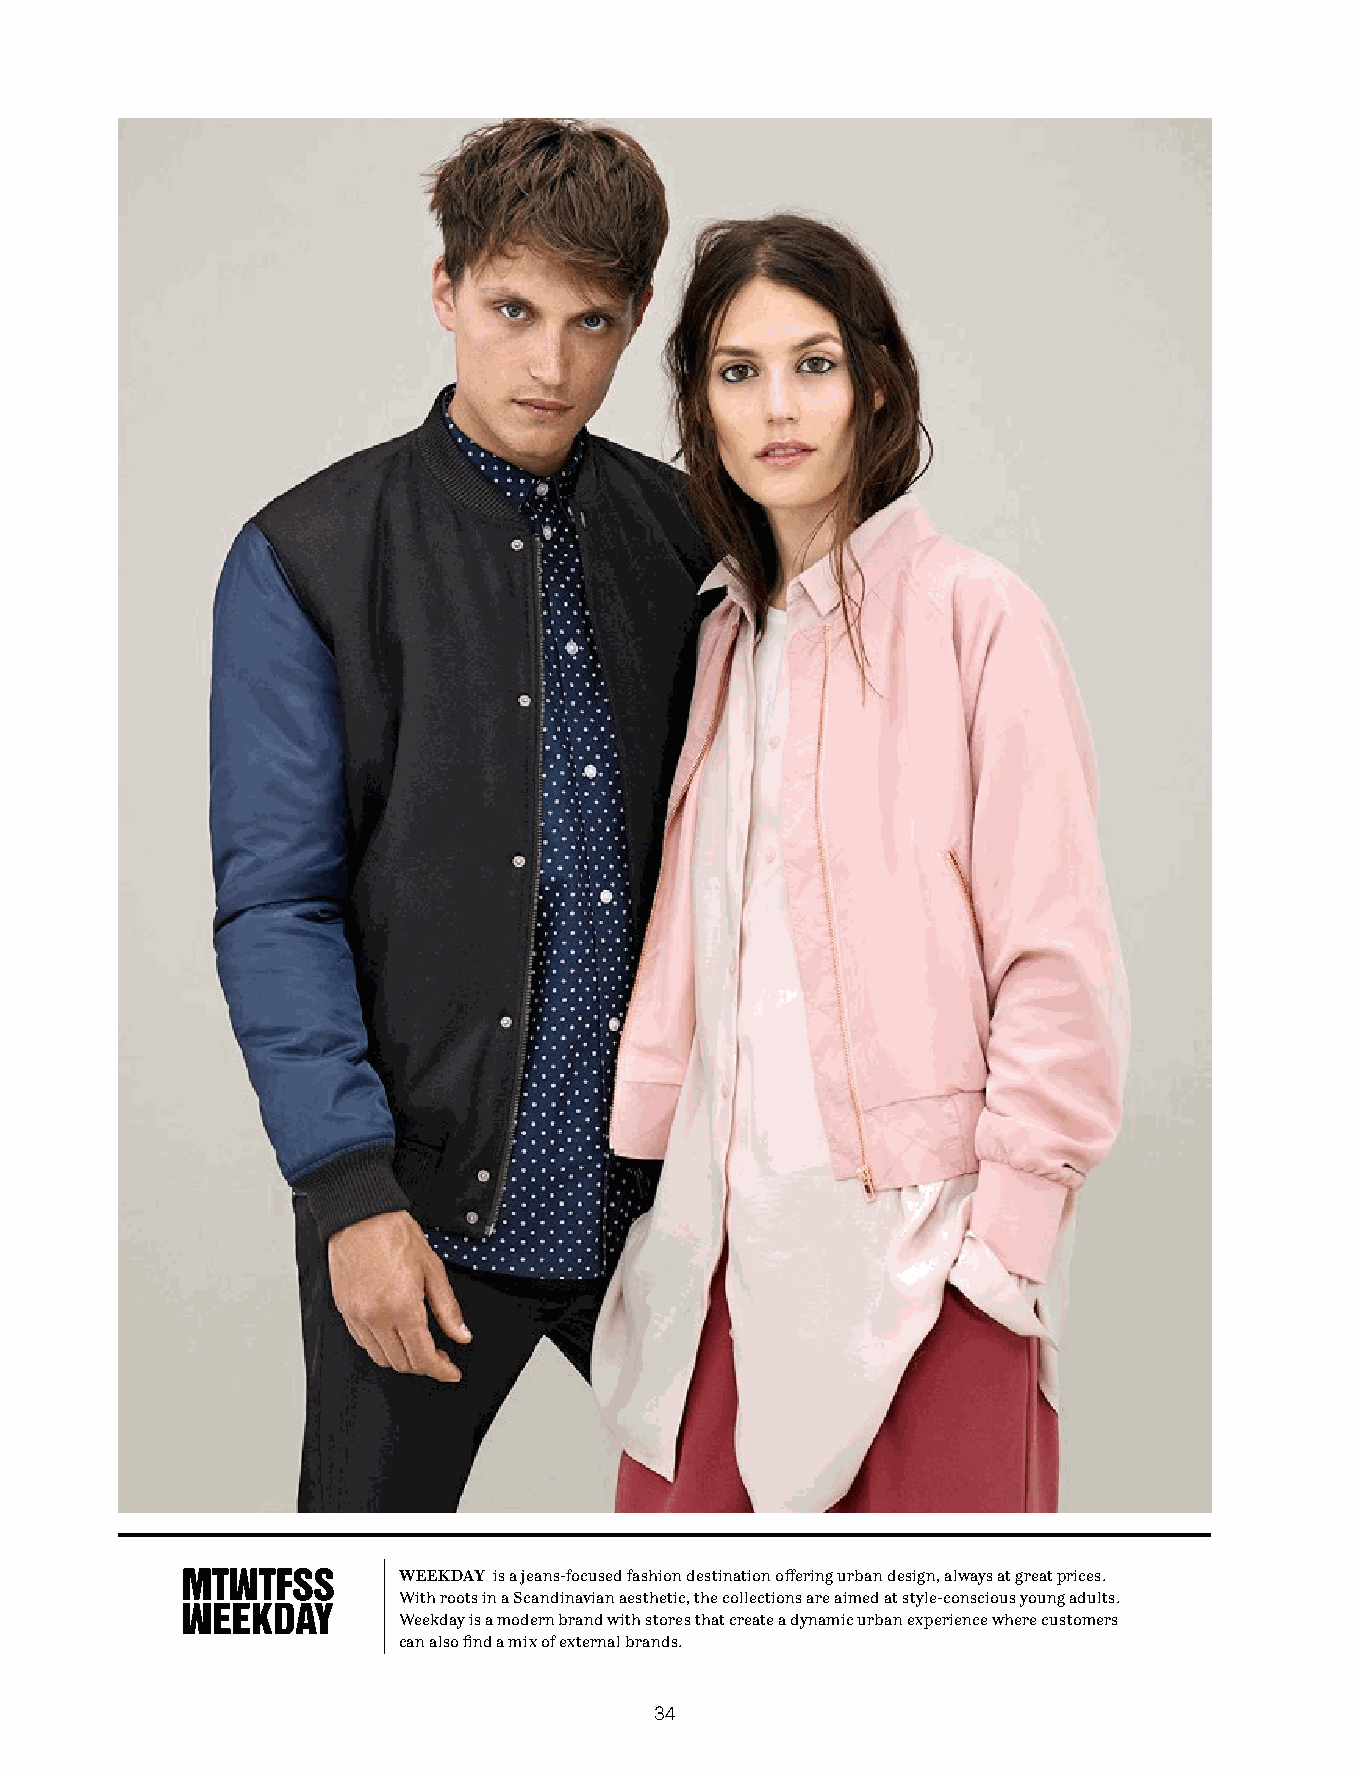
WEEKDAY is a jeans-focused fashion destination offering urban design, always at great prices.
 With roots in a Scandinavian aesthetic, the collections are aimed at style-conscious young adults.
 Weekday is a modern brand with stores that create a dynamic urban experience where customers
 can also find a mix of external brands.
 34